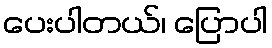
ပေးပါတယ်၊ ပြောပါ